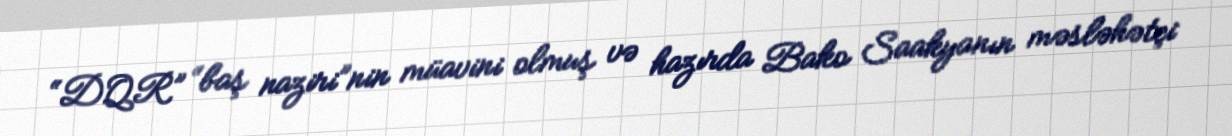
“DQR” “baş naziri”nin müavini olmuş və hazırda Bako Saakyanın məsləhətçi